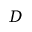
D